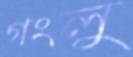
গংলু